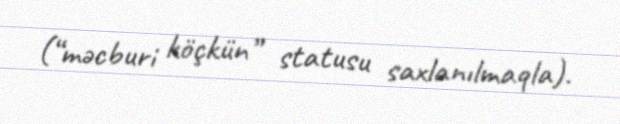
(“məcburi köçkün” statusu saxlanılmaqla).